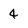
Character: 4